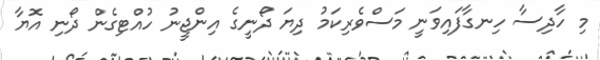
މި ހާދިސާ ހިނގާފައިވަނީ މަސްވެރިކަމު ދިޔަ ދޯނީގެ އިންޖީނު ހުއްޓިގެން ދޯނި އޮޔާ